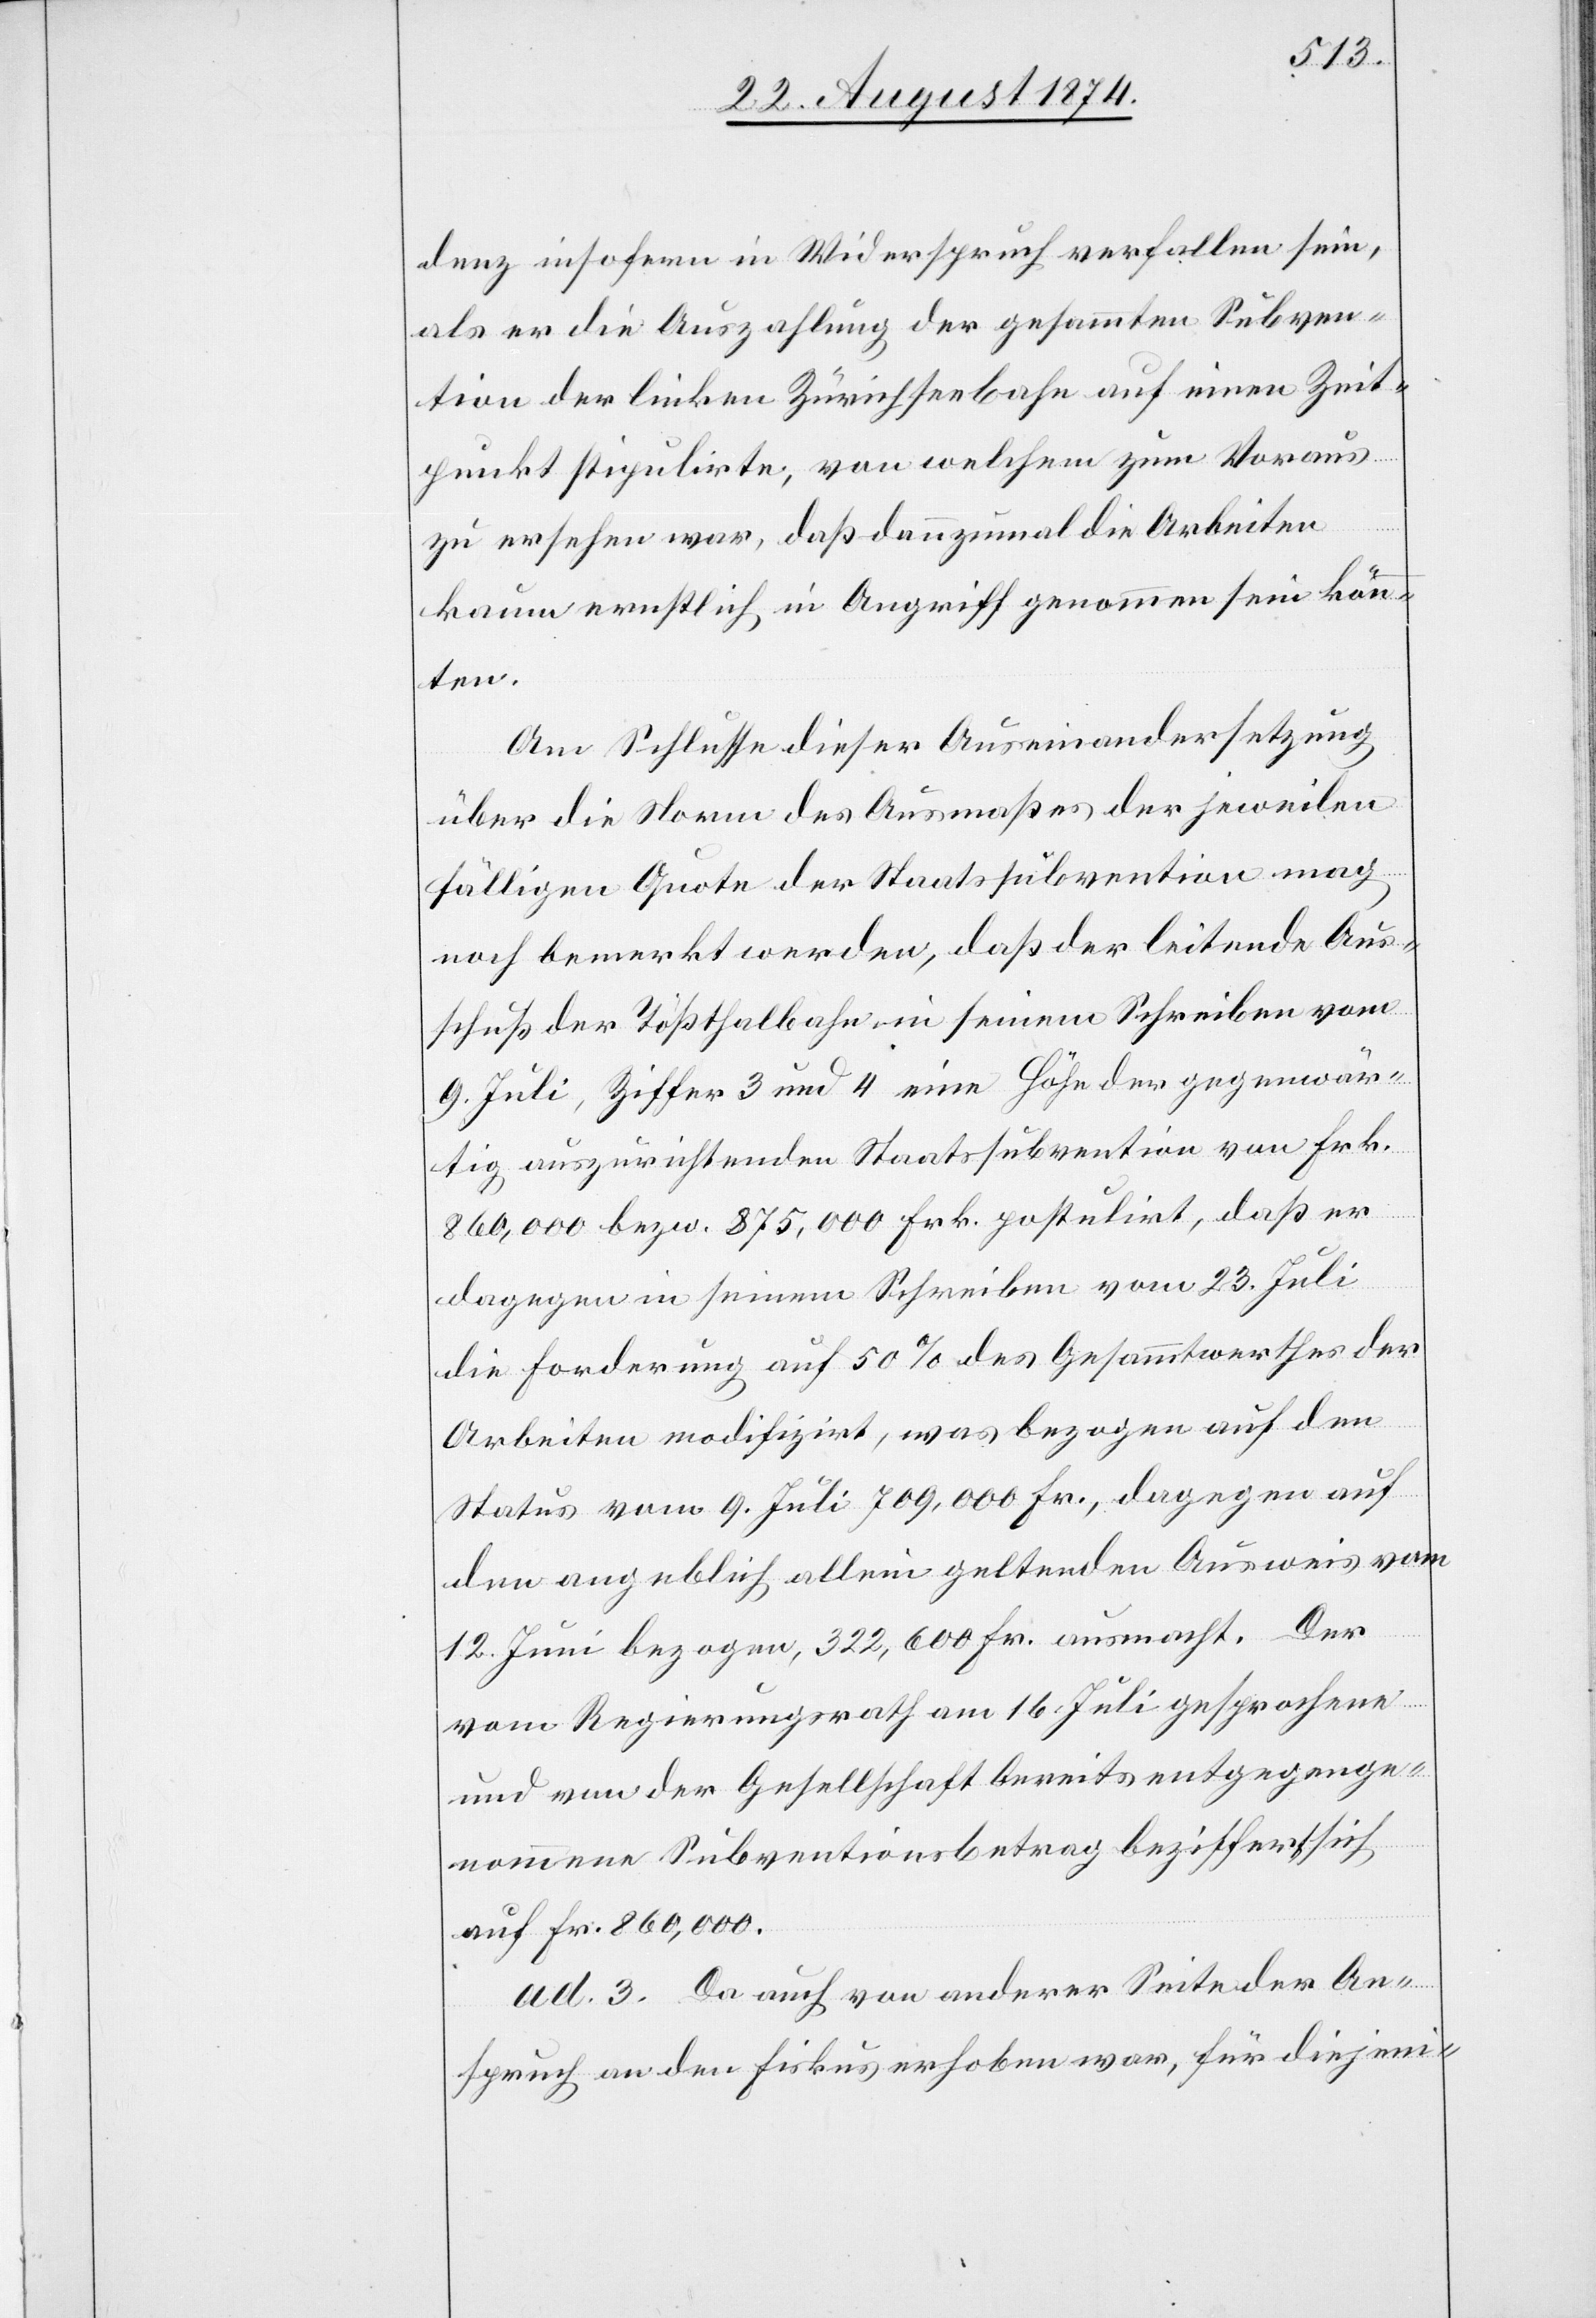
denz insofern im Widerspruch verfallen sein,
als er die Auszahlung der gesammten Subven¬
tion der linken Zürichseebahn auf einen Zeit¬
punkt stipulirte, von welchem zum Voraus
zu ersehen war, daß dannzumal die Arbeiten
kaum ernstlich in Angriff genommen sein könn¬
en.
Am Schlusse dieser Auseinandersetzung
über die Norm des Ausmaßes der jeweilen
fälligen Quote der Staatssubvention mag
noch bemerkt werden, daß der leitende Aus¬
schuß der Tößthalbahn in seinem Schreiben vom
9. Juli, Ziffer 3 und 4 eine Höhe der gegenwär¬
tig auszurichtenden Staatssubvention von Frk.
860,000 bezw. 875,000 Frk. postulirt, daß er
dagegen in seinem Schreiben vom 23. Juli
die Forderung auf 50% des Gesammtwerthes der
Arbeiten modifizirt, was bezogen auf den
Status vom 9. Juli 709,000 Fr., dagegen auf
den angeblich allein geltenden Ausweis vom
12. Juni bezogen, 322,600 Fr. ausmacht. Der
vom Regierungsrath am 16. Juli gesprochene
und von der Gesellschaft bereits entgegenge¬
nommene Subventionsbetrag beziffert sich
auf Fr. 860,000.
ad. 3. Da auch von anderer Seite der An¬
spruch an den Fiskus erhoben war, für diejeni-